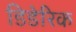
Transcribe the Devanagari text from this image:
डिडेरिक